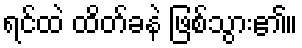
ရင်ထဲ ထိတ်ခနဲ ဖြစ်သွား၏။